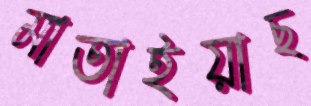
মাতাইয়াছ